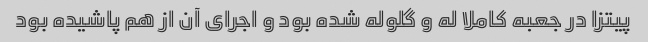
پیتزا در جعبه کاملا له و گلوله شده بود و اجرای آن از هم پاشیده بود